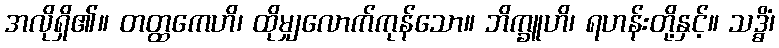
အလိုရှိ၏။ တတ္ထကေဟိ၊ ထိုမျှလောက်ကုန်သော။ ဘိက္ခူဟိ၊ ရဟန်းတို့နှင့်။ သဒ္ဓိံ၊